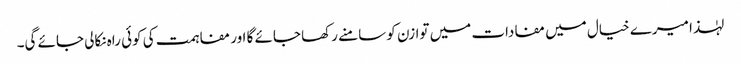
لہٰذا میرے خیال میں مفادات میں توازن کو سامنے رکھا جائے گا اور مفاہمت کی کوئی راہ نکالی جائے گی۔